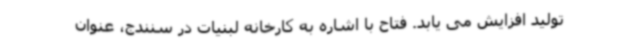
تولید افزایش می یابد. فتاح با اشاره به کارخانه لبنیات در سنندج، عنوان